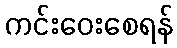
ကင်းဝေးစေရန်